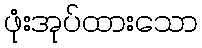
ဖုံးအုပ်ထားသော